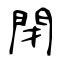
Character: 閉